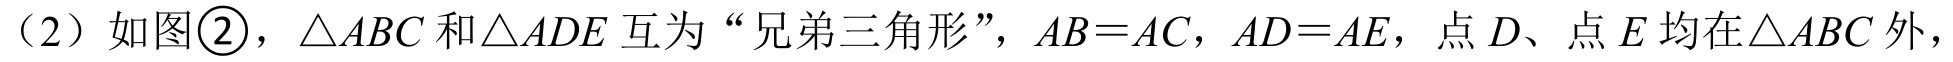
（2）如图\textcircled{2}，\(\triangle ABC\)和\(\triangle ADE\)互为“兄弟三角形”，\(AB = AC\)，\(AD = AE\)，点\(D\)、点\(E\)均在\(\triangle ABC\)外，